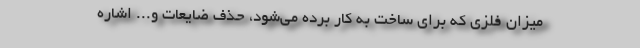
میزان فلزی که برای ساخت به کار برده می‌شود، حذف ضایعات و... اشاره